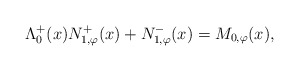
\begin{align*}\Lambda^{+}_{0}(x) N_{1,\varphi}^{+}(x) + N_{1,\varphi}^{-}(x) = M_{0, \varphi}(x),\end{align*}